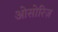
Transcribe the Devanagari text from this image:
ओसोरिज़